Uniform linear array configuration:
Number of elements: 24
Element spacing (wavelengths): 1
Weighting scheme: uniform
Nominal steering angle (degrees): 45
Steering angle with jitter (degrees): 45.091
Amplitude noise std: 0.05
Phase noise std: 0.05

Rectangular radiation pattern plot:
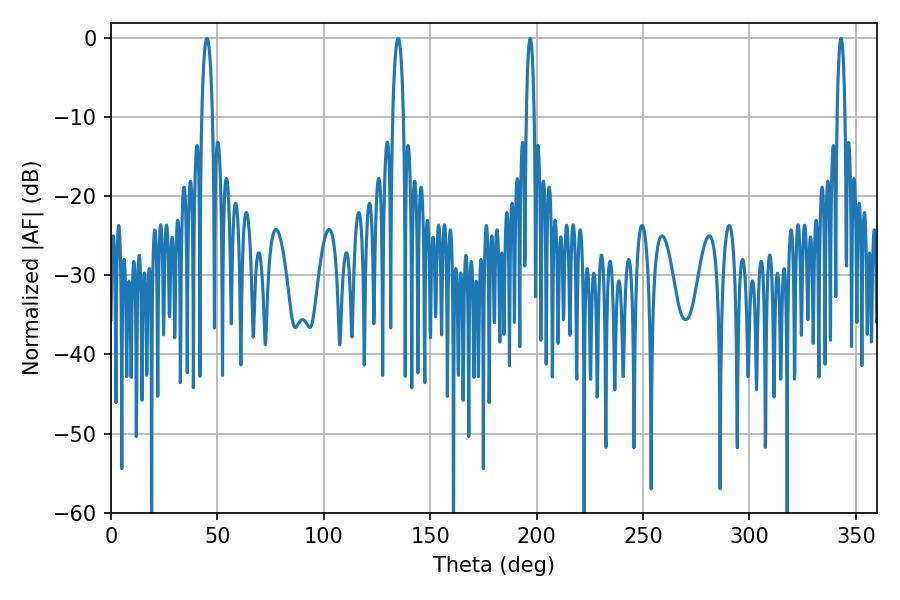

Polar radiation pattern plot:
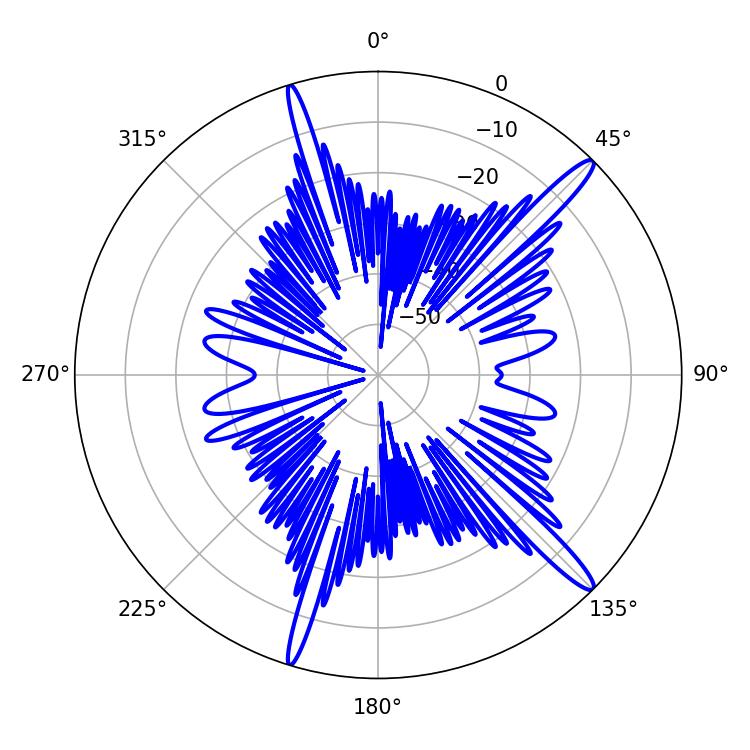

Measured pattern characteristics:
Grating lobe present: TRUE
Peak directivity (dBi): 15.449
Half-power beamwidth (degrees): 1.98
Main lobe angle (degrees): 196.92